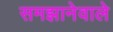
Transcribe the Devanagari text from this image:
समझानेवाले